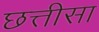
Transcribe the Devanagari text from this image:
छत्तीसा